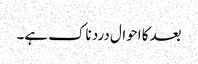
بعد کا احوال درد ناک ہے۔